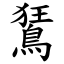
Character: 鵟